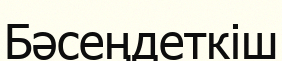
Бәсеңдеткіш